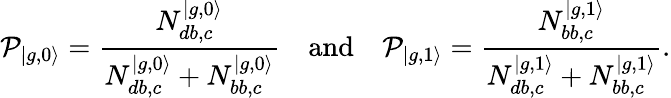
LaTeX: \mathcal{P}_{|{g,0\rangle}}=\frac{N_{db,c}^{|g,0\rangle}}{N_{db,c}^{|g,0\rangle}+N_{bb,c}^{|g,0\rangle}}\quad\mathrm{and}\quad\mathcal{P}_{|{g,1\rangle}}=\frac{N_{bb,c}^{|g,1\rangle}}{N_{db,c}^{|g,1\rangle}+N_{bb,c}^{|g,1\rangle}}.